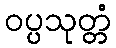
ဝပ္ပသုတ္တံ